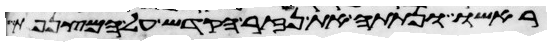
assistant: ראשו ונתתה את נזר הקדש על המצנפת